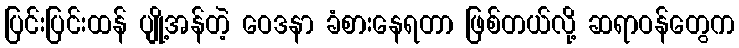
ပြင်းပြင်းထန် ပျို့အန်တဲ့ ဝေဒနာ ခံစားနေရတာ ဖြစ်တယ်လို့ ဆရာဝန်တွေက